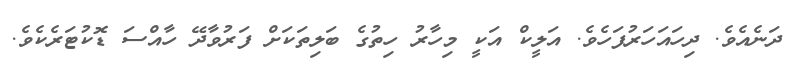
ދަނެއެވެ. ދިހައަހަރުފަހެވެ. އަލީކް އަކީ މިހާރު ހިތުގެ ބަލިތަކަށް ފަރުވާދޭ ހާއްސަ ޑޮކުޓަރެކެވެ.